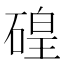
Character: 𱴜